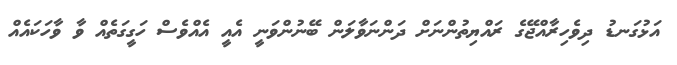
އަޅުގަނޑު ދިވެހިރާއްޖޭގެ ރައްޔިތުންނަށް ދަންނަވާލަން ބޭނުންވަނީ އެއީ އެއްވެސް ހަގީގަތެއް ވާ ވާހަކައެއް